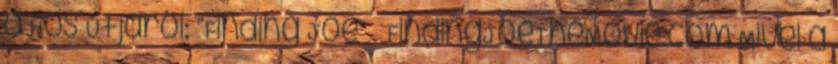
a Hős Útjáról: “Finding Joe” – FindingJoeTheMovie.com Mivel a